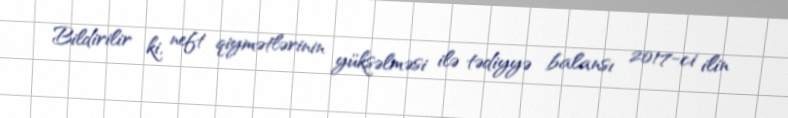
Bildirilir ki, neft qiymətlərinin yüksəlməsi ilə tədiyyə balansı 2017-ci ilin